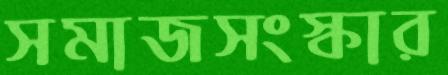
সমাজসংস্কার